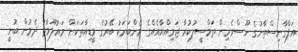
އަފްގާނިސްތާނުގެ ނޫސްވެރިން ތަމްސީލުކުރާ ޖަމިއްޔާއެއްގެ މެންބަރަކު ބޭރުގެ މީޑިއާތަކަށް މައުލޫމާތު ދެމުން ބުނީ